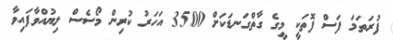
ފުރަތަމަ ފަސް ފޮތަކީ މީގެ ގާތްގަނޑަކަށް 3500 އަހަރު ކުރިން މޯސެސް ލިޔުއްވާފައިވާ